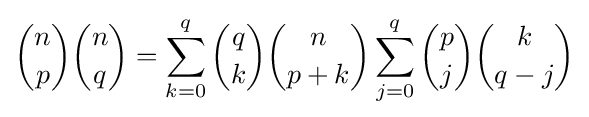
{n \choose p}{n \choose q}=\sum _{k=0}^{q}{q \choose k}{n \choose {p+k}}\sum _{j=0}^{q}{p \choose j}{k \choose {q-j}}